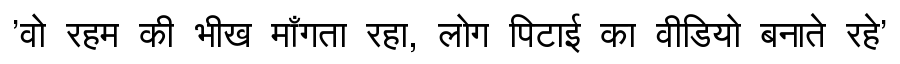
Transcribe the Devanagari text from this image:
'वो रहम की भीख माँगता रहा, लोग पिटाई का वीडियो बनाते रहे'